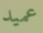
عميد